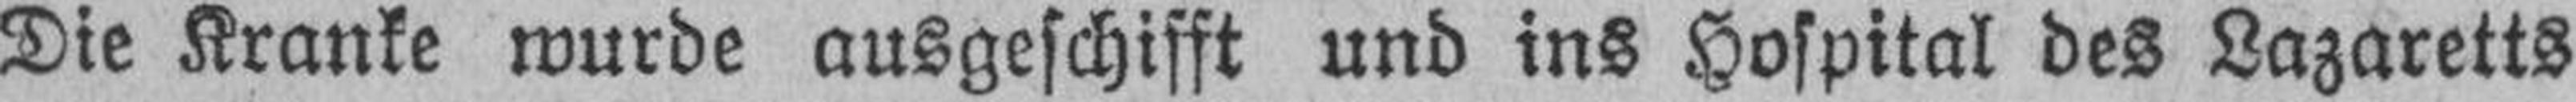
Die Kranke wurde ausgeschifft und ins Hospital des Lazaretts